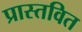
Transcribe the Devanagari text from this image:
प्रास्तवित